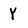
Character: Y